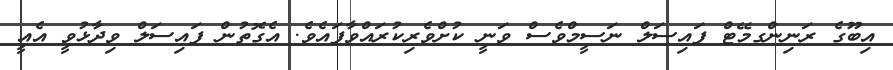
އިބޫގެ ރަނިންގމޭޓް ފައިސަލް ނަސީމްވެސް ވަނީ ކުށްވެރިކުރައްވާފައެވެ. އެގޮތުން ފައިސަލް ވިދާޅުވީ އެެއީ